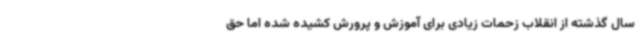
سال گذشته از انقلاب زحمات زیادی برای آموزش و پرورش کشیده شده اما حق